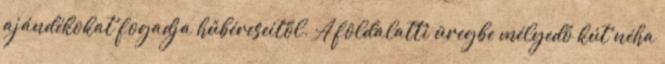
ajándékokat fogadja hűbéreseitől. A földalatti üregbe mélyedő kút néha